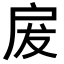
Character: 𭠃